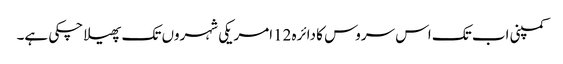
کمپنی اب تک اس سروس کا دائرہ 12امریکی شہروں تک پھیلا چکی ہے۔